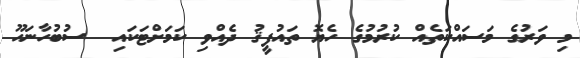
މި ވަރުގެ މަސައްކަތެއް ކުރުމުގެ ހެޔޮ ތައުފީޤު ދެއްވި ކަމަށްޓަކައި  ސުބުހާނަހޫ